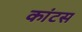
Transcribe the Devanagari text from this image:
कांटस